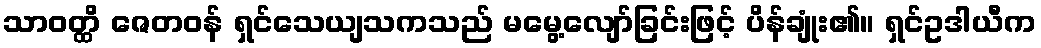
သာဝတ္ထိ ဇေတဝန် ရှင်သေယျသကသည် မမွေ့လျော်ခြင်းဖြင့် ပိန်ချုံး၏။ ရှင်ဥဒါယီက